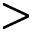
>